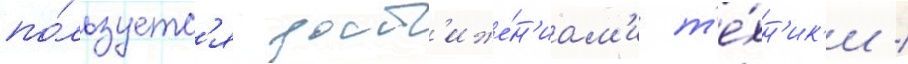
по́льзуетс'я дост'иже́н'иам'и т'е́хн'ик'и /